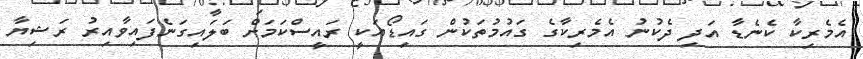
އެމެރިކާ ކެނެޑާ އަދި ދެކުނު އެމެރިކާގެ ގައުމުތަކުން ގައިޑޯއަކީ ރައީސްކަމަށް ބަލައިގަނެފައިވާއިރު ރަޝިޔާ